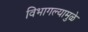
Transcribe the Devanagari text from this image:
विभागल्यामुळे